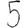
Digit: 5